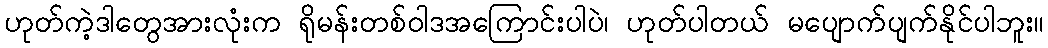
ဟုတ်ကဲ့ဒါတွေအားလုံးက ရိုမန်းတစ်ဝါဒအကြောင်းပါပဲ၊ ဟုတ်ပါတယ် မပျောက်ပျက်နိုင်ပါဘူး။